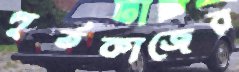
পূর্তকাজের